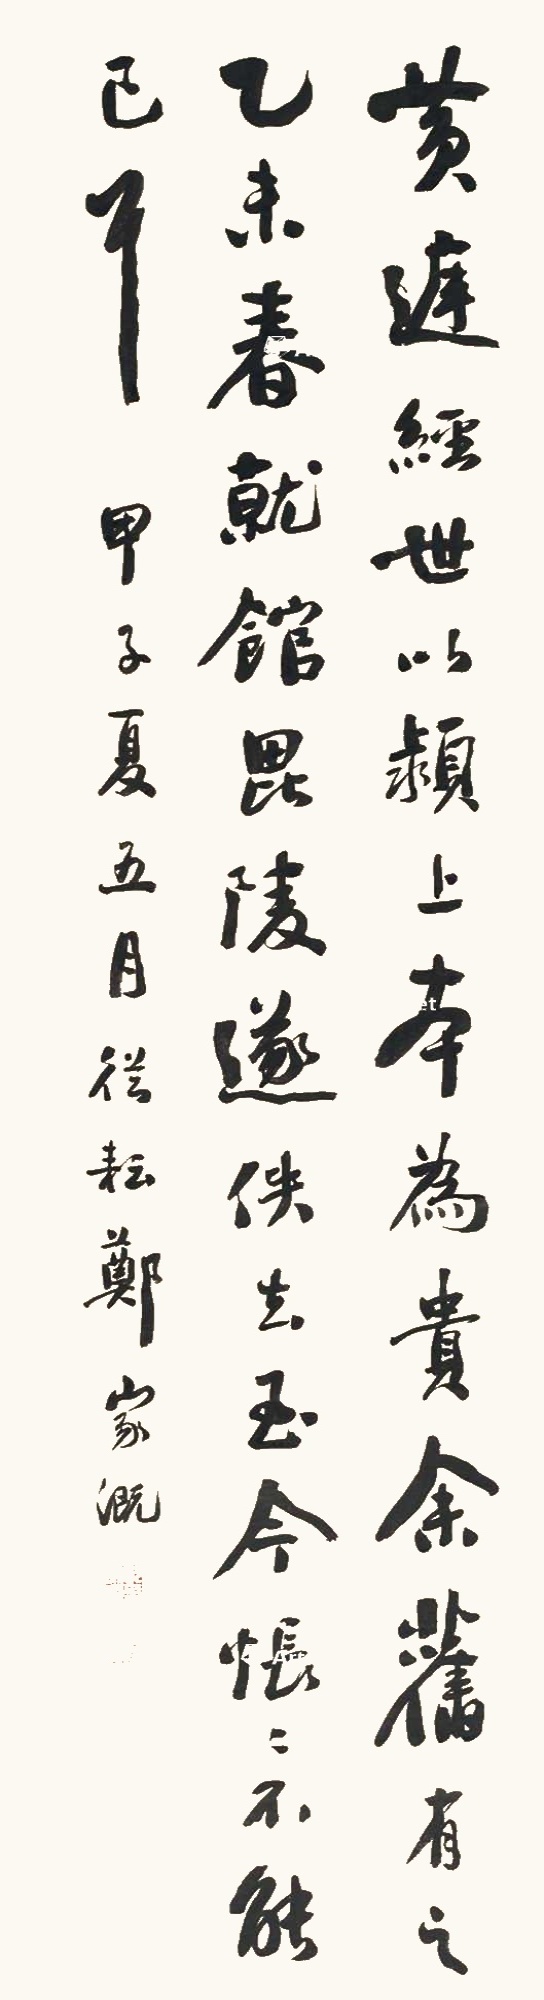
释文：黄庭经世以颍上本为贵，余旧有之，乙未春就馆毗陵遂佚去，至今怅怅不能已耳。甲子夏五月，从耘郑家溉。